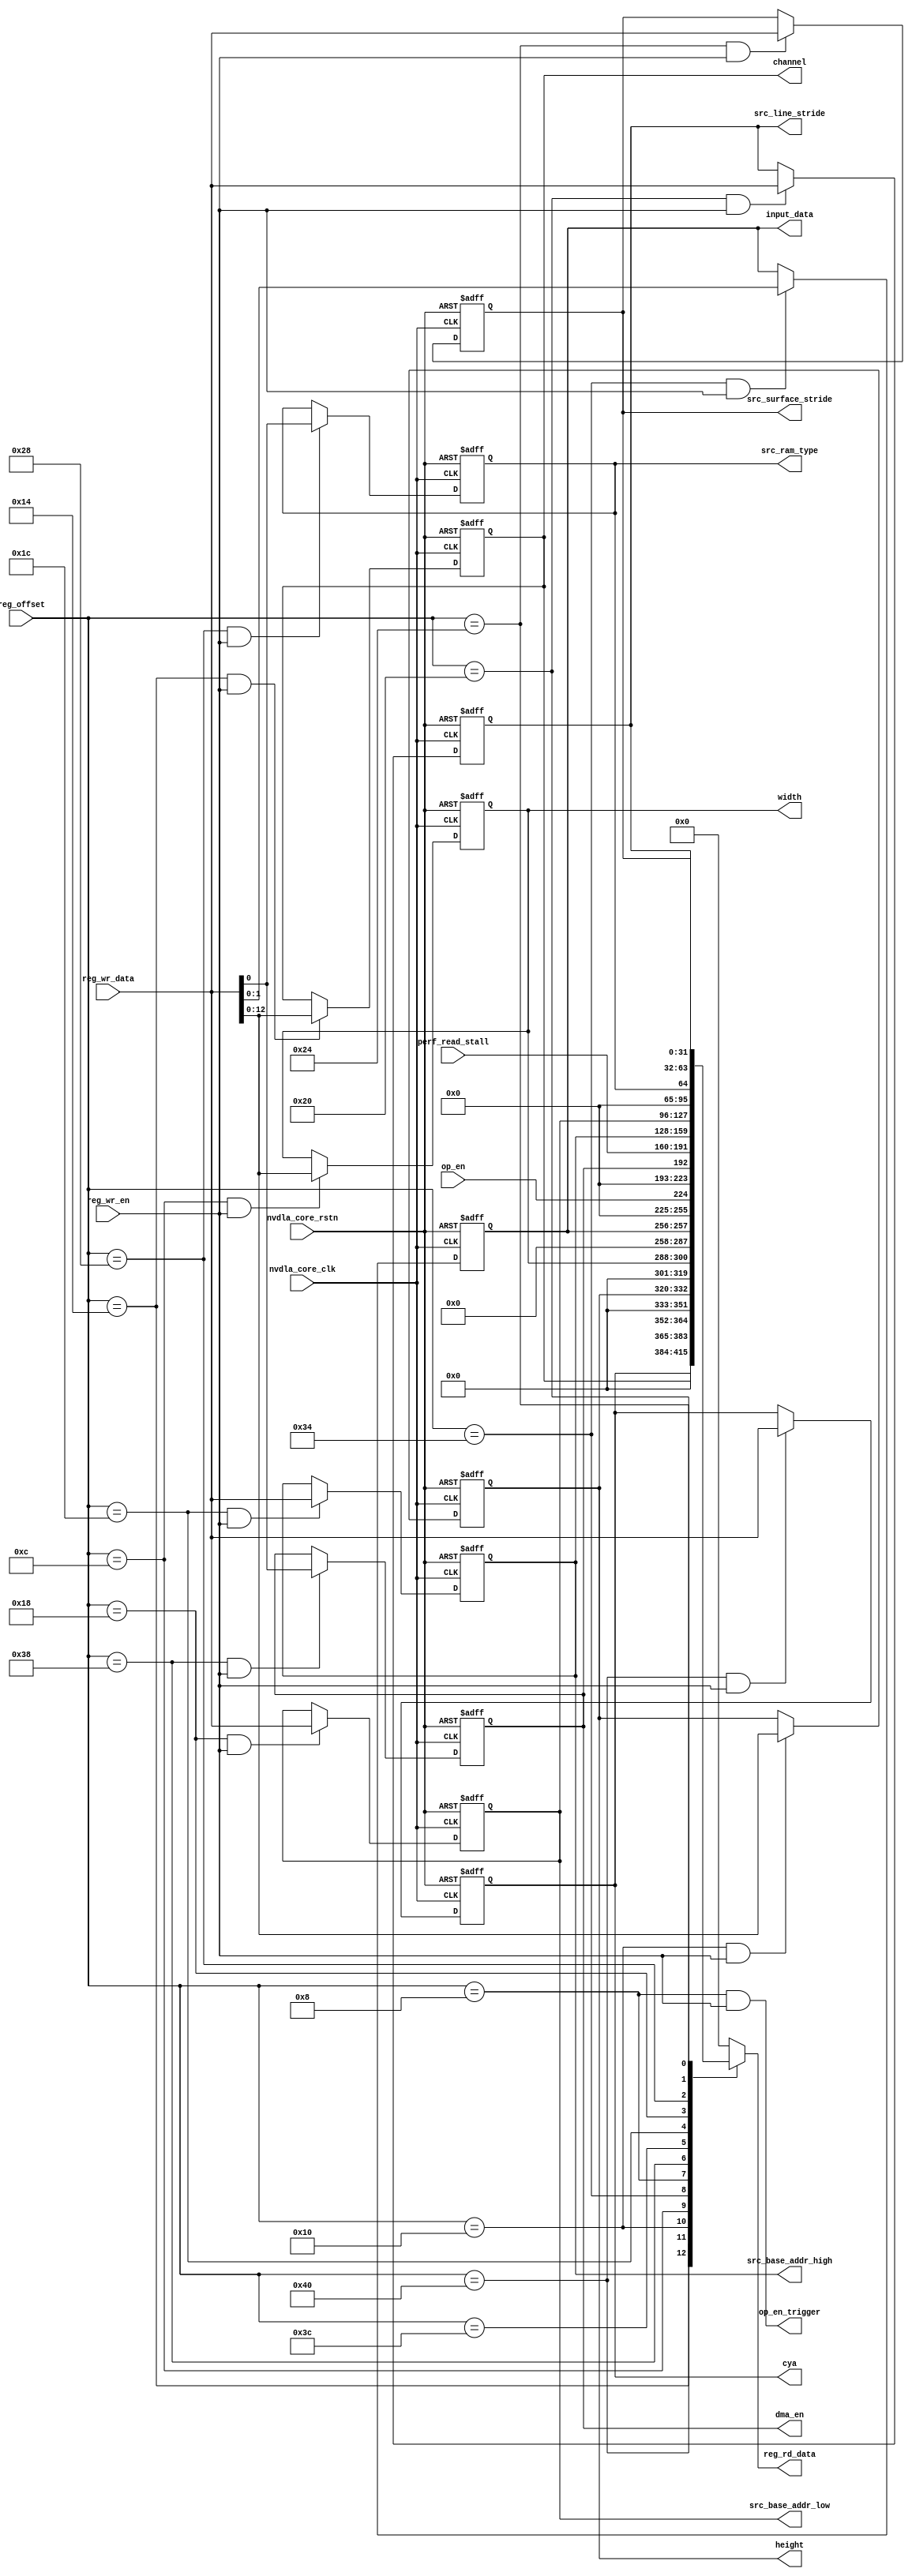
// ================================================================
// NVDLA Open Source Project
// 
// Copyright(c) 2016 - 2017 NVIDIA Corporation.  Licensed under the
// NVDLA Open Hardware License; Check "LICENSE" which comes with 
// this distribution for more information.
// ================================================================


module NV_NVDLA_CDP_RDMA_REG_dual (
   reg_rd_data
  ,reg_offset
   // verilint 498 off
   // leda UNUSED_DEC off
  ,reg_wr_data
   // verilint 498 on
   // leda UNUSED_DEC on
  ,reg_wr_en
  ,nvdla_core_clk
  ,nvdla_core_rstn
  ,cya
  ,channel
  ,height
  ,width
  ,input_data
  ,op_en_trigger
  ,dma_en
  ,src_base_addr_high
  ,src_base_addr_low
  ,src_ram_type
  ,src_line_stride
  ,src_surface_stride
  ,op_en
  ,perf_read_stall
  );

wire   [31:0] nvdla_cdp_rdma_d_cya_0_out;
wire   [31:0] nvdla_cdp_rdma_d_data_cube_channel_0_out;
wire   [31:0] nvdla_cdp_rdma_d_data_cube_height_0_out;
wire   [31:0] nvdla_cdp_rdma_d_data_cube_width_0_out;
wire   [31:0] nvdla_cdp_rdma_d_data_format_0_out;
wire   [31:0] nvdla_cdp_rdma_d_op_enable_0_out;
wire   [31:0] nvdla_cdp_rdma_d_operation_mode_0_out;
wire   [31:0] nvdla_cdp_rdma_d_perf_enable_0_out;
wire   [31:0] nvdla_cdp_rdma_d_perf_read_stall_0_out;
wire   [31:0] nvdla_cdp_rdma_d_src_base_addr_high_0_out;
wire   [31:0] nvdla_cdp_rdma_d_src_base_addr_low_0_out;
wire   [31:0] nvdla_cdp_rdma_d_src_compression_en_0_out;
wire   [31:0] nvdla_cdp_rdma_d_src_dma_cfg_0_out;
wire   [31:0] nvdla_cdp_rdma_d_src_line_stride_0_out;
wire   [31:0] nvdla_cdp_rdma_d_src_surface_stride_0_out;
wire    [1:0] operation_mode;
wire   [11:0] reg_offset_rd_int;
wire   [31:0] reg_offset_wr;
wire          src_compression_en;
// Register control interface
output [31:0] reg_rd_data;
input [11:0]  reg_offset;
input [31:0]  reg_wr_data;  //(UNUSED_DEC)
input         reg_wr_en;
input         nvdla_core_clk;
input         nvdla_core_rstn;


// Writable register flop/trigger outputs
output [31:0] cya;
output [12:0] channel;
output [12:0] height;
output [12:0] width;
output [1:0]  input_data;
output        op_en_trigger;
output        dma_en;
output [31:0] src_base_addr_high;
output [31:0] src_base_addr_low;
output        src_ram_type;
output [31:0] src_line_stride;
output [31:0] src_surface_stride;

// Read-only register inputs
input         op_en;
input [31:0]  perf_read_stall;

// wr_mask register inputs

// rstn register inputs

// leda FM_2_23 off
reg           arreggen_abort_on_invalid_wr;
reg           arreggen_abort_on_rowr;
reg           arreggen_dump;
// leda FM_2_23 on
reg    [12:0] channel;
reg    [31:0] cya;
reg           dma_en;
reg    [12:0] height;
reg     [1:0] input_data;
reg    [31:0] reg_rd_data;
reg    [31:0] src_base_addr_high;
reg    [31:0] src_base_addr_low;
reg    [31:0] src_line_stride;
reg           src_ram_type;
reg    [31:0] src_surface_stride;
reg    [12:0] width;

assign reg_offset_wr = {20'b0 , reg_offset};
// SCR signals

// Address decode
wire nvdla_cdp_rdma_d_cya_0_wren = (reg_offset_wr == (32'he040  & 32'h00000fff)) & reg_wr_en ;  //spyglass disable UnloadedNet-ML //(W528)
wire nvdla_cdp_rdma_d_data_cube_channel_0_wren = (reg_offset_wr == (32'he014  & 32'h00000fff)) & reg_wr_en ;  //spyglass disable UnloadedNet-ML //(W528)
wire nvdla_cdp_rdma_d_data_cube_height_0_wren = (reg_offset_wr == (32'he010  & 32'h00000fff)) & reg_wr_en ;  //spyglass disable UnloadedNet-ML //(W528)
wire nvdla_cdp_rdma_d_data_cube_width_0_wren = (reg_offset_wr == (32'he00c  & 32'h00000fff)) & reg_wr_en ;  //spyglass disable UnloadedNet-ML //(W528)
wire nvdla_cdp_rdma_d_data_format_0_wren = (reg_offset_wr == (32'he034  & 32'h00000fff)) & reg_wr_en ;  //spyglass disable UnloadedNet-ML //(W528)
wire nvdla_cdp_rdma_d_operation_mode_0_wren = (reg_offset_wr == (32'he030  & 32'h00000fff)) & reg_wr_en ;  //spyglass disable UnloadedNet-ML //(W528)
wire nvdla_cdp_rdma_d_op_enable_0_wren = (reg_offset_wr == (32'he008  & 32'h00000fff)) & reg_wr_en ;  //spyglass disable UnloadedNet-ML //(W528)
wire nvdla_cdp_rdma_d_perf_enable_0_wren = (reg_offset_wr == (32'he038  & 32'h00000fff)) & reg_wr_en ;  //spyglass disable UnloadedNet-ML //(W528)
wire nvdla_cdp_rdma_d_perf_read_stall_0_wren = (reg_offset_wr == (32'he03c  & 32'h00000fff)) & reg_wr_en ;  //spyglass disable UnloadedNet-ML //(W528)
wire nvdla_cdp_rdma_d_src_base_addr_high_0_wren = (reg_offset_wr == (32'he01c  & 32'h00000fff)) & reg_wr_en ;  //spyglass disable UnloadedNet-ML //(W528)
wire nvdla_cdp_rdma_d_src_base_addr_low_0_wren = (reg_offset_wr == (32'he018  & 32'h00000fff)) & reg_wr_en ;  //spyglass disable UnloadedNet-ML //(W528)
wire nvdla_cdp_rdma_d_src_compression_en_0_wren = (reg_offset_wr == (32'he02c  & 32'h00000fff)) & reg_wr_en ;  //spyglass disable UnloadedNet-ML //(W528)
wire nvdla_cdp_rdma_d_src_dma_cfg_0_wren = (reg_offset_wr == (32'he028  & 32'h00000fff)) & reg_wr_en ;  //spyglass disable UnloadedNet-ML //(W528)
wire nvdla_cdp_rdma_d_src_line_stride_0_wren = (reg_offset_wr == (32'he020  & 32'h00000fff)) & reg_wr_en ;  //spyglass disable UnloadedNet-ML //(W528)
wire nvdla_cdp_rdma_d_src_surface_stride_0_wren = (reg_offset_wr == (32'he024  & 32'h00000fff)) & reg_wr_en ;  //spyglass disable UnloadedNet-ML //(W528)

assign operation_mode = 2'h0;
assign src_compression_en = 1'h0;
assign nvdla_cdp_rdma_d_cya_0_out[31:0] = { cya };
assign nvdla_cdp_rdma_d_data_cube_channel_0_out[31:0] = { 19'b0, channel };
assign nvdla_cdp_rdma_d_data_cube_height_0_out[31:0] = { 19'b0, height };
assign nvdla_cdp_rdma_d_data_cube_width_0_out[31:0] = { 19'b0, width };
assign nvdla_cdp_rdma_d_data_format_0_out[31:0] = { 30'b0, input_data };
assign nvdla_cdp_rdma_d_operation_mode_0_out[31:0] = { 30'b0, operation_mode };
assign nvdla_cdp_rdma_d_op_enable_0_out[31:0] = { 31'b0, op_en };
assign nvdla_cdp_rdma_d_perf_enable_0_out[31:0] = { 31'b0, dma_en };
assign nvdla_cdp_rdma_d_perf_read_stall_0_out[31:0] = { perf_read_stall };
assign nvdla_cdp_rdma_d_src_base_addr_high_0_out[31:0] = { src_base_addr_high };
assign nvdla_cdp_rdma_d_src_base_addr_low_0_out[31:0] = { src_base_addr_low };
assign nvdla_cdp_rdma_d_src_compression_en_0_out[31:0] = { 31'b0, src_compression_en };
assign nvdla_cdp_rdma_d_src_dma_cfg_0_out[31:0] = { 31'b0, src_ram_type };
assign nvdla_cdp_rdma_d_src_line_stride_0_out[31:0] = { src_line_stride };
assign nvdla_cdp_rdma_d_src_surface_stride_0_out[31:0] = { src_surface_stride };

assign op_en_trigger = nvdla_cdp_rdma_d_op_enable_0_wren;  //(W563)

assign reg_offset_rd_int = reg_offset;
// Output mux
//spyglass disable_block W338, W263 
always @(
  reg_offset_rd_int
  or nvdla_cdp_rdma_d_cya_0_out
  or nvdla_cdp_rdma_d_data_cube_channel_0_out
  or nvdla_cdp_rdma_d_data_cube_height_0_out
  or nvdla_cdp_rdma_d_data_cube_width_0_out
  or nvdla_cdp_rdma_d_data_format_0_out
  or nvdla_cdp_rdma_d_operation_mode_0_out
  or nvdla_cdp_rdma_d_op_enable_0_out
  or nvdla_cdp_rdma_d_perf_enable_0_out
  or nvdla_cdp_rdma_d_perf_read_stall_0_out
  or nvdla_cdp_rdma_d_src_base_addr_high_0_out
  or nvdla_cdp_rdma_d_src_base_addr_low_0_out
  or nvdla_cdp_rdma_d_src_compression_en_0_out
  or nvdla_cdp_rdma_d_src_dma_cfg_0_out
  or nvdla_cdp_rdma_d_src_line_stride_0_out
  or nvdla_cdp_rdma_d_src_surface_stride_0_out
  ) begin
  case (reg_offset_rd_int)
     (32'he040  & 32'h00000fff): begin 
                            reg_rd_data =  nvdla_cdp_rdma_d_cya_0_out ;
                            end 
     (32'he014  & 32'h00000fff): begin 
                            reg_rd_data =  nvdla_cdp_rdma_d_data_cube_channel_0_out ;
                            end 
     (32'he010  & 32'h00000fff): begin 
                            reg_rd_data =  nvdla_cdp_rdma_d_data_cube_height_0_out ;
                            end 
     (32'he00c  & 32'h00000fff): begin 
                            reg_rd_data =  nvdla_cdp_rdma_d_data_cube_width_0_out ;
                            end 
     (32'he034  & 32'h00000fff): begin 
                            reg_rd_data =  nvdla_cdp_rdma_d_data_format_0_out ;
                            end 
     (32'he030  & 32'h00000fff): begin 
                            reg_rd_data =  nvdla_cdp_rdma_d_operation_mode_0_out ;
                            end 
     (32'he008  & 32'h00000fff): begin 
                            reg_rd_data =  nvdla_cdp_rdma_d_op_enable_0_out ;
                            end 
     (32'he038  & 32'h00000fff): begin 
                            reg_rd_data =  nvdla_cdp_rdma_d_perf_enable_0_out ;
                            end 
     (32'he03c  & 32'h00000fff): begin 
                            reg_rd_data =  nvdla_cdp_rdma_d_perf_read_stall_0_out ;
                            end 
     (32'he01c  & 32'h00000fff): begin 
                            reg_rd_data =  nvdla_cdp_rdma_d_src_base_addr_high_0_out ;
                            end 
     (32'he018  & 32'h00000fff): begin 
                            reg_rd_data =  nvdla_cdp_rdma_d_src_base_addr_low_0_out ;
                            end 
     (32'he02c  & 32'h00000fff): begin 
                            reg_rd_data =  nvdla_cdp_rdma_d_src_compression_en_0_out ;
                            end 
     (32'he028  & 32'h00000fff): begin 
                            reg_rd_data =  nvdla_cdp_rdma_d_src_dma_cfg_0_out ;
                            end 
     (32'he020  & 32'h00000fff): begin 
                            reg_rd_data =  nvdla_cdp_rdma_d_src_line_stride_0_out ;
                            end 
     (32'he024  & 32'h00000fff): begin 
                            reg_rd_data =  nvdla_cdp_rdma_d_src_surface_stride_0_out ;
                            end 
    default: reg_rd_data = {32{1'b0}};
  endcase
end

//spyglass enable_block W338, W263

// spyglass disable_block STARC-2.10.1.6, NoConstWithXZ, W443

// Register flop declarations
always @(posedge nvdla_core_clk or negedge nvdla_core_rstn) begin
  if (!nvdla_core_rstn) begin
    cya[31:0] <= 32'b00000000000000000000000000000000;
    channel[12:0] <= 13'b0000000000000;
    height[12:0] <= 13'b0000000000000;
    width[12:0] <= 13'b0000000000000;
    input_data[1:0] <= 2'b00;
    dma_en <= 1'b0;
    src_base_addr_high[31:0] <= 32'b00000000000000000000000000000000;
    src_base_addr_low[31:0] <= 32'b00000000000000000000000000000000;
    src_ram_type <= 1'b0;
    src_line_stride[31:0] <= 32'b00000000000000000000000000000000;
    src_surface_stride[31:0] <= 32'b00000000000000000000000000000000;
  end else begin
  // Register: NVDLA_CDP_RDMA_D_CYA_0    Field: cya
  if (nvdla_cdp_rdma_d_cya_0_wren) begin
    cya[31:0] <= reg_wr_data[31:0];
  end

  // Register: NVDLA_CDP_RDMA_D_DATA_CUBE_CHANNEL_0    Field: channel
  if (nvdla_cdp_rdma_d_data_cube_channel_0_wren) begin
    channel[12:0] <= reg_wr_data[12:0];
  end

  // Register: NVDLA_CDP_RDMA_D_DATA_CUBE_HEIGHT_0    Field: height
  if (nvdla_cdp_rdma_d_data_cube_height_0_wren) begin
    height[12:0] <= reg_wr_data[12:0];
  end

  // Register: NVDLA_CDP_RDMA_D_DATA_CUBE_WIDTH_0    Field: width
  if (nvdla_cdp_rdma_d_data_cube_width_0_wren) begin
    width[12:0] <= reg_wr_data[12:0];
  end

  // Register: NVDLA_CDP_RDMA_D_DATA_FORMAT_0    Field: input_data
  if (nvdla_cdp_rdma_d_data_format_0_wren) begin
    input_data[1:0] <= reg_wr_data[1:0];
  end

  // Not generating flops for constant field NVDLA_CDP_RDMA_D_OPERATION_MODE_0::operation_mode

  // Not generating flops for field NVDLA_CDP_RDMA_D_OP_ENABLE_0::op_en (to be implemented outside)

  // Register: NVDLA_CDP_RDMA_D_PERF_ENABLE_0    Field: dma_en
  if (nvdla_cdp_rdma_d_perf_enable_0_wren) begin
    dma_en <= reg_wr_data[0];
  end

  // Not generating flops for read-only field NVDLA_CDP_RDMA_D_PERF_READ_STALL_0::perf_read_stall

  // Register: NVDLA_CDP_RDMA_D_SRC_BASE_ADDR_HIGH_0    Field: src_base_addr_high
  if (nvdla_cdp_rdma_d_src_base_addr_high_0_wren) begin
    src_base_addr_high[31:0] <= reg_wr_data[31:0];
  end

  // Register: NVDLA_CDP_RDMA_D_SRC_BASE_ADDR_LOW_0    Field: src_base_addr_low
  if (nvdla_cdp_rdma_d_src_base_addr_low_0_wren) begin
    src_base_addr_low[31:0] <= reg_wr_data[31:0];
  end

  // Not generating flops for constant field NVDLA_CDP_RDMA_D_SRC_COMPRESSION_EN_0::src_compression_en

  // Register: NVDLA_CDP_RDMA_D_SRC_DMA_CFG_0    Field: src_ram_type
  if (nvdla_cdp_rdma_d_src_dma_cfg_0_wren) begin
    src_ram_type <= reg_wr_data[0];
  end

  // Register: NVDLA_CDP_RDMA_D_SRC_LINE_STRIDE_0    Field: src_line_stride
  if (nvdla_cdp_rdma_d_src_line_stride_0_wren) begin
    src_line_stride[31:0] <= reg_wr_data[31:0];
  end

  // Register: NVDLA_CDP_RDMA_D_SRC_SURFACE_STRIDE_0    Field: src_surface_stride
  if (nvdla_cdp_rdma_d_src_surface_stride_0_wren) begin
    src_surface_stride[31:0] <= reg_wr_data[31:0];
  end

  end
end
// spyglass enable_block STARC-2.10.1.6, NoConstWithXZ, W443

// synopsys translate_off
// VCS coverage off
initial begin
  arreggen_dump                  = $test$plusargs("arreggen_dump_wr");
  arreggen_abort_on_rowr         = $test$plusargs("arreggen_abort_on_rowr");
  arreggen_abort_on_invalid_wr   = $test$plusargs("arreggen_abort_on_invalid_wr");
`ifdef VERILATOR
`else
  $timeformat(-9, 2, "ns", 15);
`endif
end

always @(posedge nvdla_core_clk) begin
  if (reg_wr_en) begin
    case(reg_offset)
      (32'he040  & 32'h00000fff): if (arreggen_dump) $display("%t:%m: reg wr: NVDLA_CDP_RDMA_D_CYA_0 = 0x%h (old value: 0x%h, 0x%b))", $time, reg_wr_data, nvdla_cdp_rdma_d_cya_0_out, nvdla_cdp_rdma_d_cya_0_out);
      (32'he014  & 32'h00000fff): if (arreggen_dump) $display("%t:%m: reg wr: NVDLA_CDP_RDMA_D_DATA_CUBE_CHANNEL_0 = 0x%h (old value: 0x%h, 0x%b))", $time, reg_wr_data, nvdla_cdp_rdma_d_data_cube_channel_0_out, nvdla_cdp_rdma_d_data_cube_channel_0_out);
      (32'he010  & 32'h00000fff): if (arreggen_dump) $display("%t:%m: reg wr: NVDLA_CDP_RDMA_D_DATA_CUBE_HEIGHT_0 = 0x%h (old value: 0x%h, 0x%b))", $time, reg_wr_data, nvdla_cdp_rdma_d_data_cube_height_0_out, nvdla_cdp_rdma_d_data_cube_height_0_out);
      (32'he00c  & 32'h00000fff): if (arreggen_dump) $display("%t:%m: reg wr: NVDLA_CDP_RDMA_D_DATA_CUBE_WIDTH_0 = 0x%h (old value: 0x%h, 0x%b))", $time, reg_wr_data, nvdla_cdp_rdma_d_data_cube_width_0_out, nvdla_cdp_rdma_d_data_cube_width_0_out);
      (32'he034  & 32'h00000fff): if (arreggen_dump) $display("%t:%m: reg wr: NVDLA_CDP_RDMA_D_DATA_FORMAT_0 = 0x%h (old value: 0x%h, 0x%b))", $time, reg_wr_data, nvdla_cdp_rdma_d_data_format_0_out, nvdla_cdp_rdma_d_data_format_0_out);
      (32'he030  & 32'h00000fff): begin
          if (arreggen_dump) $display("%t:%m: read-only reg wr: NVDLA_CDP_RDMA_D_OPERATION_MODE_0 = 0x%h", $time, reg_wr_data);
          if (arreggen_abort_on_rowr) begin $display("ERROR: write to read-only register!"); $finish; end
        end
      (32'he008  & 32'h00000fff): if (arreggen_dump) $display("%t:%m: reg wr: NVDLA_CDP_RDMA_D_OP_ENABLE_0 = 0x%h (old value: 0x%h, 0x%b))", $time, reg_wr_data, nvdla_cdp_rdma_d_op_enable_0_out, nvdla_cdp_rdma_d_op_enable_0_out);
      (32'he038  & 32'h00000fff): if (arreggen_dump) $display("%t:%m: reg wr: NVDLA_CDP_RDMA_D_PERF_ENABLE_0 = 0x%h (old value: 0x%h, 0x%b))", $time, reg_wr_data, nvdla_cdp_rdma_d_perf_enable_0_out, nvdla_cdp_rdma_d_perf_enable_0_out);
      (32'he03c  & 32'h00000fff): begin
          if (arreggen_dump) $display("%t:%m: read-only reg wr: NVDLA_CDP_RDMA_D_PERF_READ_STALL_0 = 0x%h", $time, reg_wr_data);
          if (arreggen_abort_on_rowr) begin $display("ERROR: write to read-only register!"); $finish; end
        end
      (32'he01c  & 32'h00000fff): if (arreggen_dump) $display("%t:%m: reg wr: NVDLA_CDP_RDMA_D_SRC_BASE_ADDR_HIGH_0 = 0x%h (old value: 0x%h, 0x%b))", $time, reg_wr_data, nvdla_cdp_rdma_d_src_base_addr_high_0_out, nvdla_cdp_rdma_d_src_base_addr_high_0_out);
      (32'he018  & 32'h00000fff): if (arreggen_dump) $display("%t:%m: reg wr: NVDLA_CDP_RDMA_D_SRC_BASE_ADDR_LOW_0 = 0x%h (old value: 0x%h, 0x%b))", $time, reg_wr_data, nvdla_cdp_rdma_d_src_base_addr_low_0_out, nvdla_cdp_rdma_d_src_base_addr_low_0_out);
      (32'he02c  & 32'h00000fff): begin
          if (arreggen_dump) $display("%t:%m: read-only reg wr: NVDLA_CDP_RDMA_D_SRC_COMPRESSION_EN_0 = 0x%h", $time, reg_wr_data);
          if (arreggen_abort_on_rowr) begin $display("ERROR: write to read-only register!"); $finish; end
        end
      (32'he028  & 32'h00000fff): if (arreggen_dump) $display("%t:%m: reg wr: NVDLA_CDP_RDMA_D_SRC_DMA_CFG_0 = 0x%h (old value: 0x%h, 0x%b))", $time, reg_wr_data, nvdla_cdp_rdma_d_src_dma_cfg_0_out, nvdla_cdp_rdma_d_src_dma_cfg_0_out);
      (32'he020  & 32'h00000fff): if (arreggen_dump) $display("%t:%m: reg wr: NVDLA_CDP_RDMA_D_SRC_LINE_STRIDE_0 = 0x%h (old value: 0x%h, 0x%b))", $time, reg_wr_data, nvdla_cdp_rdma_d_src_line_stride_0_out, nvdla_cdp_rdma_d_src_line_stride_0_out);
      (32'he024  & 32'h00000fff): if (arreggen_dump) $display("%t:%m: reg wr: NVDLA_CDP_RDMA_D_SRC_SURFACE_STRIDE_0 = 0x%h (old value: 0x%h, 0x%b))", $time, reg_wr_data, nvdla_cdp_rdma_d_src_surface_stride_0_out, nvdla_cdp_rdma_d_src_surface_stride_0_out);
      default: begin
          if (arreggen_dump) $display("%t:%m: reg wr: Unknown register (0x%h) = 0x%h", $time, reg_offset, reg_wr_data);
          if (arreggen_abort_on_invalid_wr) begin $display("ERROR: write to undefined register!"); $finish; end
        end
    endcase
  end
end

// VCS coverage on
// synopsys translate_on

endmodule // NV_NVDLA_CDP_RDMA_REG_dual